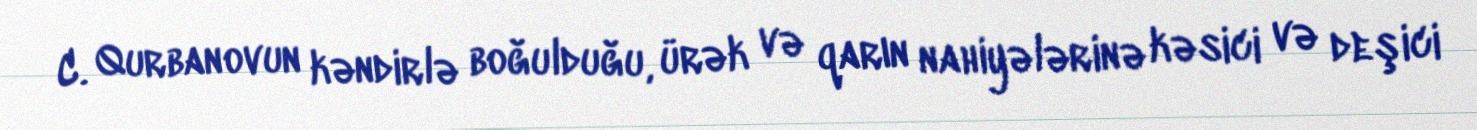
C. Qurbanovun kəndirlə boğulduğu, ürək və qarın nahiyələrinə kəsici və deşici